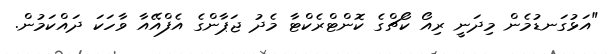
"އަޅުގަނޑުމެން މިދަނީ ރިއޯ ކޯޗްގެ ކޮންޓްރެކްޓާ މެދު ޖަޕާންގެ އެފްއޭއާ ވާހަކަ ދައްކަމުން.